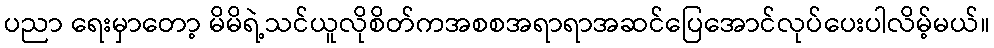
ပညာ ရေးမှာတော့ မိမိရဲ့သင်ယူလိုစိတ်ကအစစအရာရာအဆင်ပြေအောင်လုပ်ပေးပါလိမ့်မယ်။